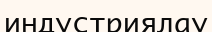
индустриялау